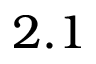
2 . 1